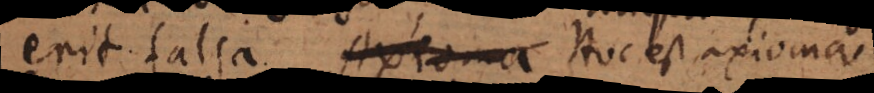
erit falsa. Axioma Hoc est axioma.